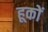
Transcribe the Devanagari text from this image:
हूकों